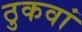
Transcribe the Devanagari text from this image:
ठुकवां